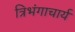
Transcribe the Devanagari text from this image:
त्रिभंगाचार्य